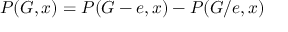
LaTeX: P ( G , x ) = P ( G - e , x ) - P ( G / e , x )